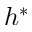
h ^ { * }